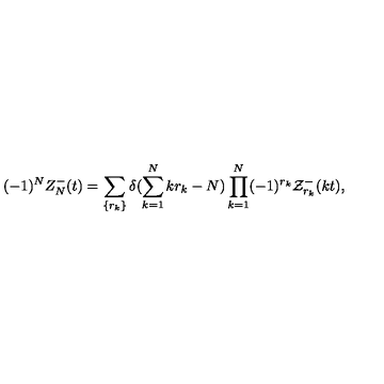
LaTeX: ( - 1 ) ^ { N } Z _ { N } ^ { - } ( t ) = \sum _ { \{ r _ { k } \} } \delta ( \sum _ { k = 1 } ^ { N } k r _ { k } - N ) \prod _ { k = 1 } ^ { N } ( - 1 ) ^ { r _ { k } } { \cal Z } _ { r _ { k } } ^ { - } ( k t ) ,